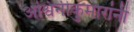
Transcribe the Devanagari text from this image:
अश्विनीकुमारांनी